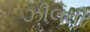
ઝીલતી